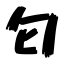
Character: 匂